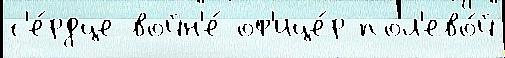
с'е́рдце войн'е́ оф'ице́р пол'ево́й